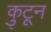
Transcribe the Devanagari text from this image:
कु्टून